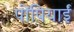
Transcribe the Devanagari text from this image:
पोंपियाईं